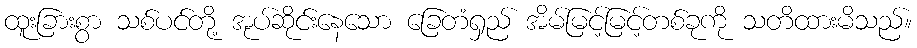
ထူးခြားစွာ သစ်ပင်တို့ အုပ်ဆိုင်းနေသော ခြေတံရှည် အိမ်မြင့်မြင့်တစ်ခုကို သတိထားမိသည်။